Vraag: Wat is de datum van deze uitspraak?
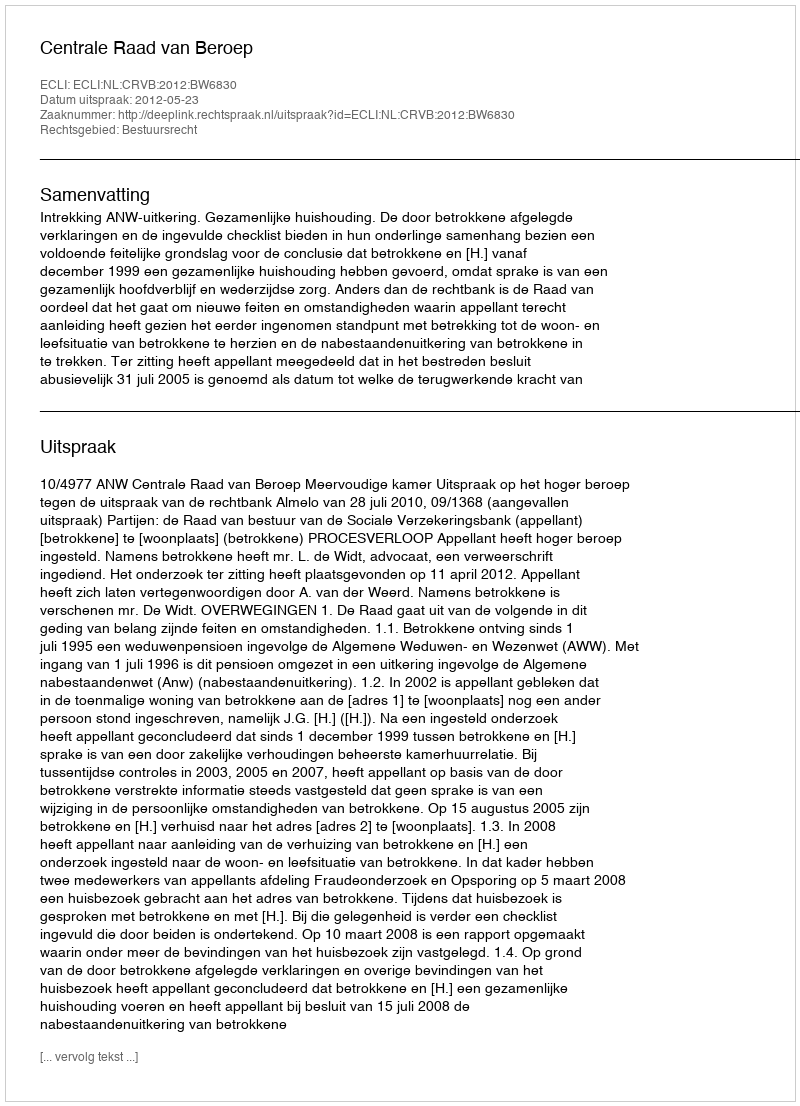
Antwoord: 2012-05-23